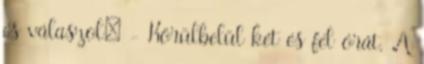
és válaszol: - Körülbelül két és fél órát. A